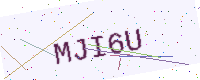
Text: MJI6U